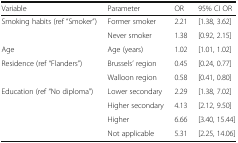
| Variable | Parameter | OR | 95% CI OR |
 | --- | --- | --- | --- |
 | <ROWSPAN=2> Smoking habits (ref “Smoker”) | Former smoker | 2.21 | [1.38, 3.62] |
 | Never smoker | 1.38 | [0.92, 2.15] |
 | Age | Age (years) | 1.02 | [1.01, 1.02] |
 | <ROWSPAN=2> Residence (ref “Flanders”) | Brussels’ region | 0.45 | [0.24, 0.77] |
 | Walloon region | 0.58 | [0.41, 0.80] |
 | <ROWSPAN=4> Education (ref “No diploma”) | Lower secondary | 2.29 | [1.38, 7.02] |
 | Higher secondary | 4.13 | [2.12, 9.50] |
 | Higher | 6.66 | [3.40, 15.44] |
 | Not applicable | 5.31 | [2.25, 14.06] |